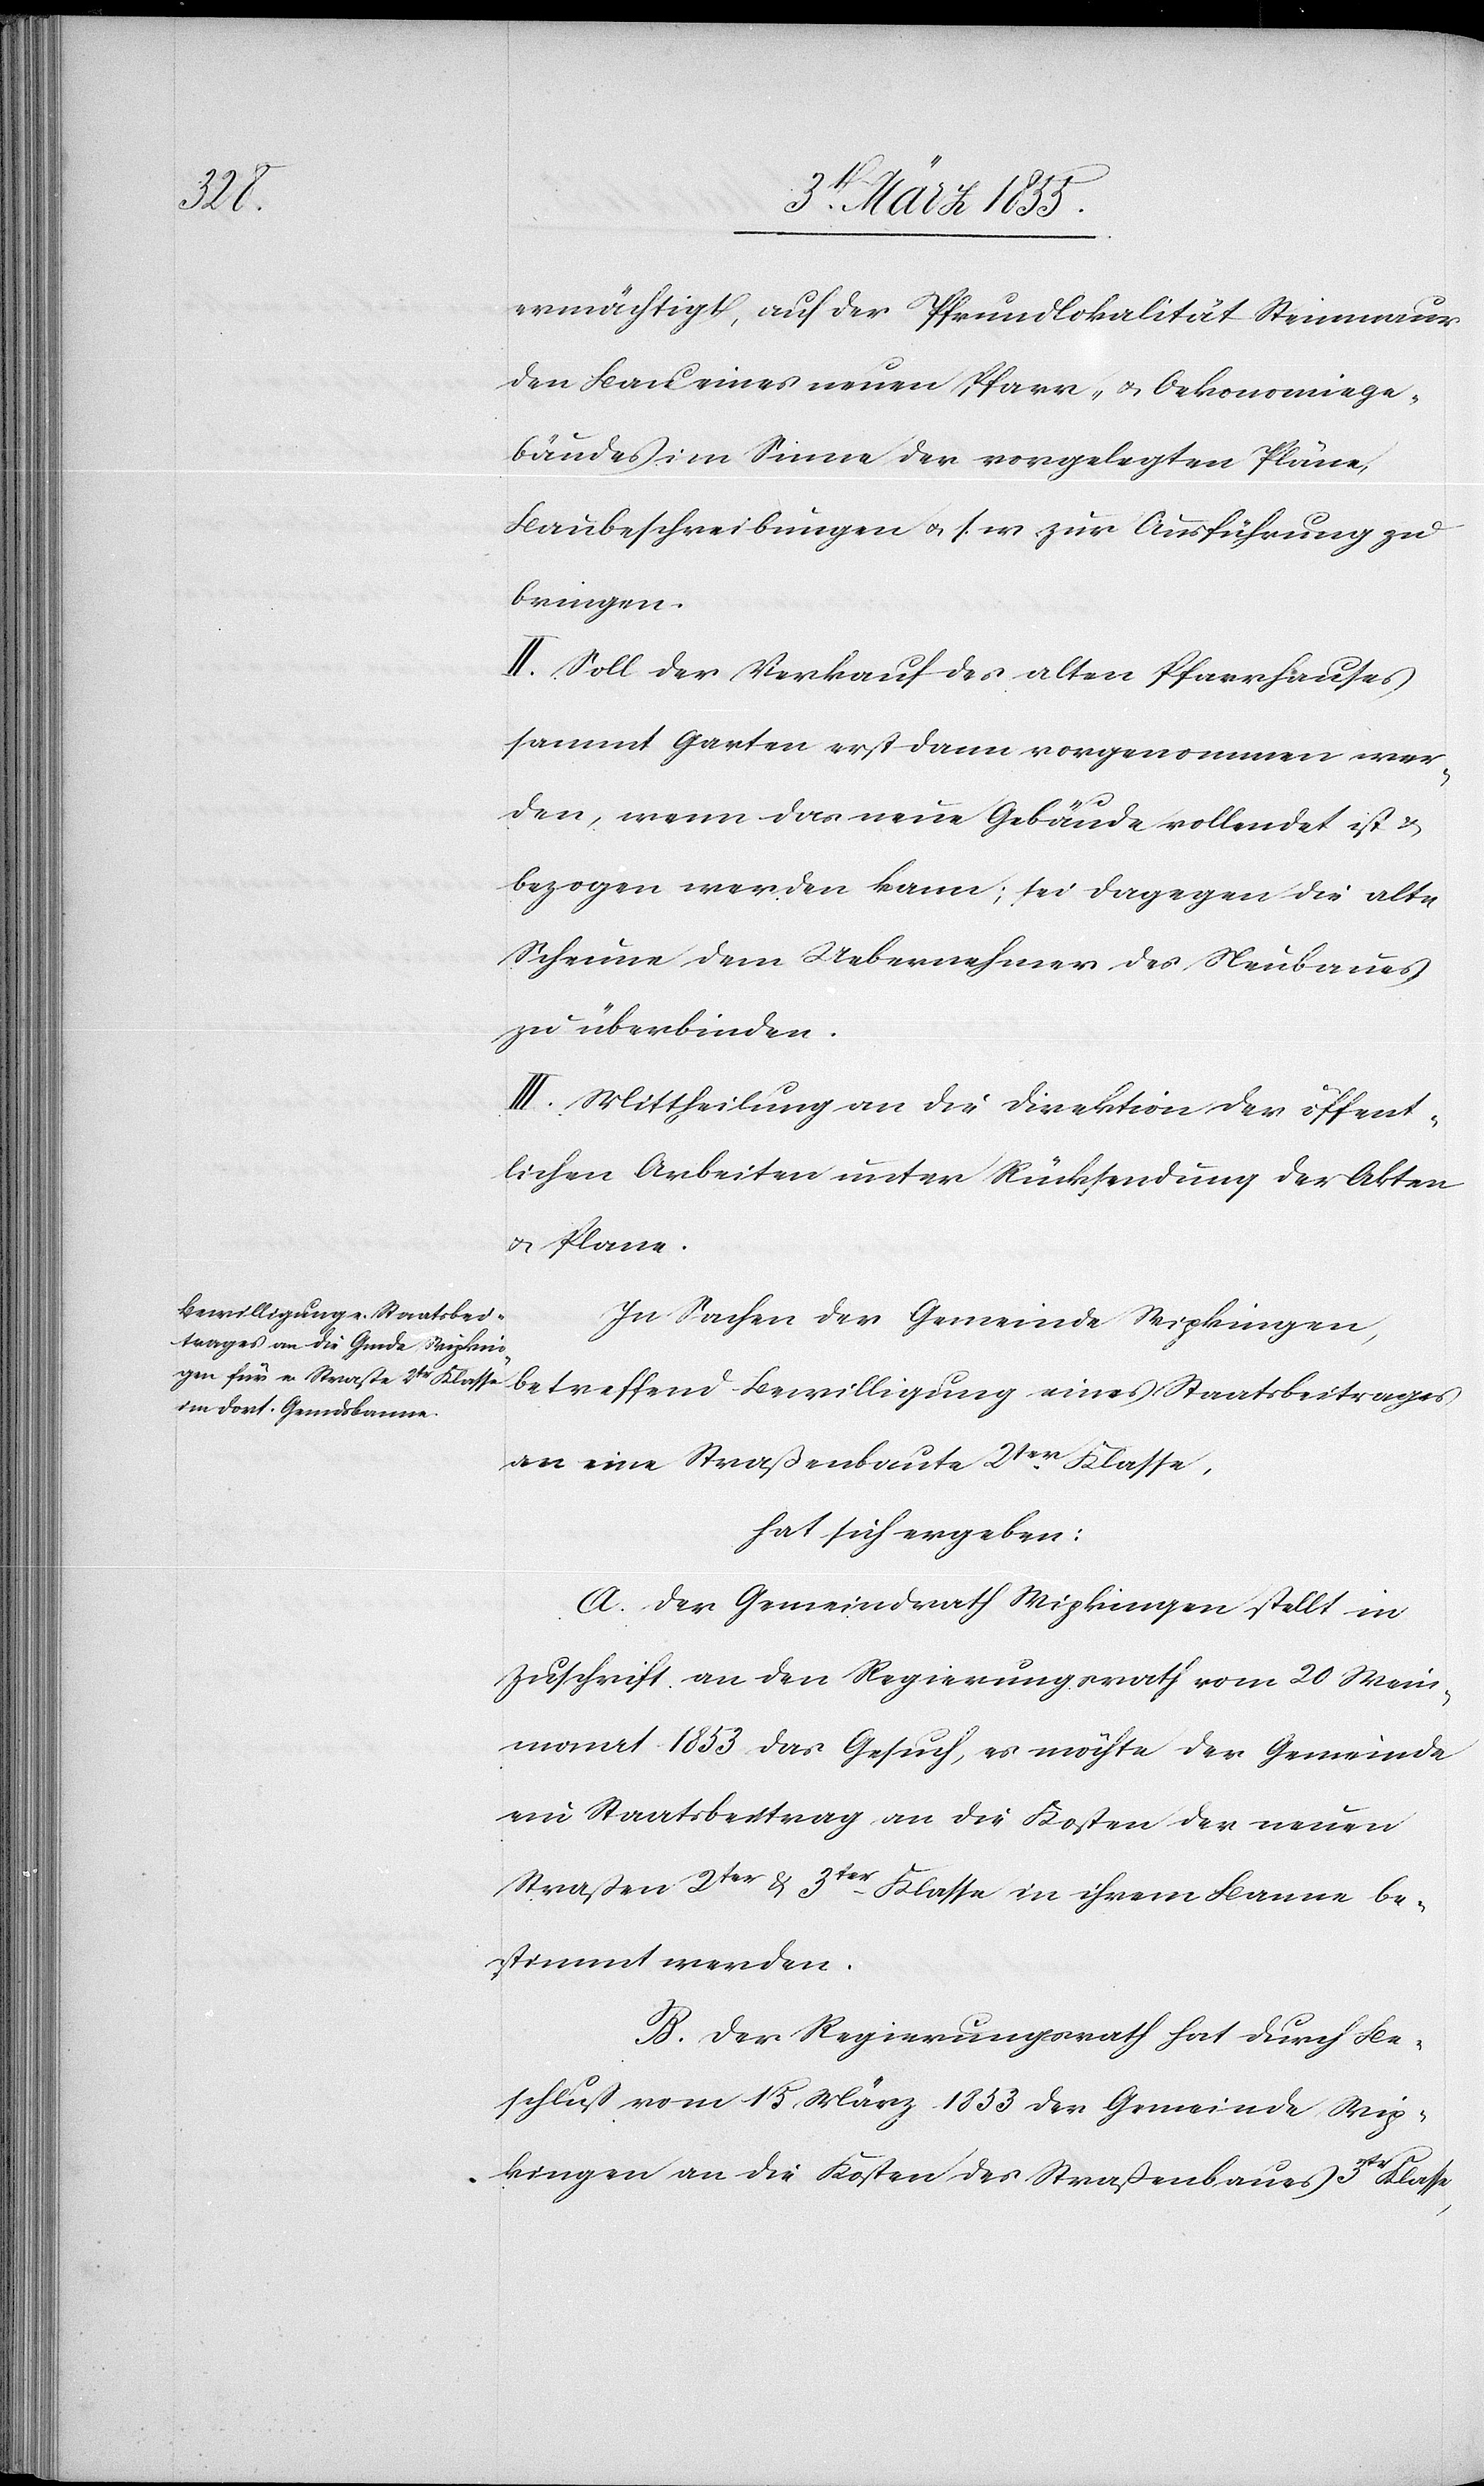
trages

ermächtigt, auf der Pfrundlokalität Steinmaur
den Bau eines neuen Pfarr- & Oekonomiege¬
bäudes im Sinne der vorgelegten Pläne,
Baubeschreibungen & s. w. zur Ausführung zu
bringen.
II. Soll der Verkauf des alten Pfarrhauses
sammt Garten erst dann vorgenommen wer¬
den, wenn das neue Gebäude vollendet ist &
bezogen werden kann; sei dagegen die alte
Scheune dem Uebernehmer des Neubaues
zu überbinden.
III. Mittheilung an die Direktion der öffent¬
lichen Arbeiten unter Rücksendung der Akten
& Plane.
Bewilligung eines Staatsbei¬
In Sachen der Gemeinde Wipkingen,
an eine Straßenbaute 2ter Klasse,
hat sich ergeben:
A. Der Gemeindrath Wipkingen stellt in
Zuschrift an den Regierungsrath vom 20 Wein¬
monat 1853 das Gesuch, es möchte der Gemeinde
ein Staatsbeitrag an die Kosten der neuen
Straßen 2ter & 3ter Klasse in ihrem Banne be¬
stimmt werden.
B. Der Regierungsrath hat durch Be¬
schluß vom 15 März 1853 der Gemeinde Wip¬
kingen an die Kosten des Straßenbaues 3tr Klasse,